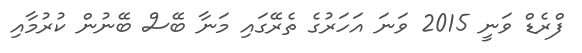
ފްރެޑް ވަނީ 2015 ވަނަ އަހަރުގެ ތެރޭގައި މަނާ ބޭސް ބޭނުން ކުރުމާއި